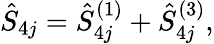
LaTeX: {\hat{S}}_{4j}={\hat{S}}_{4j}^{(1)}+{\hat{S}}_{4j}^{(3)},